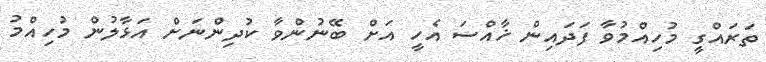
ތަރައްގީ މުހިއްމުވާ ފަދައިން ޚާއްސަ އެހީ އަށް ބޭނުންވާ ކުދިންނަށް އަޅާލުން މުހިއްމު